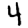
Digit: 4